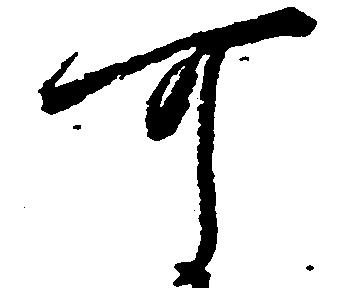
可